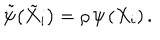
{ \tilde { \psi } } \big ( { \tilde { X } } _ { i } \big ) = \rho \, \psi \left( X _ { i } \right) .